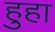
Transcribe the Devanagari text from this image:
हुहा